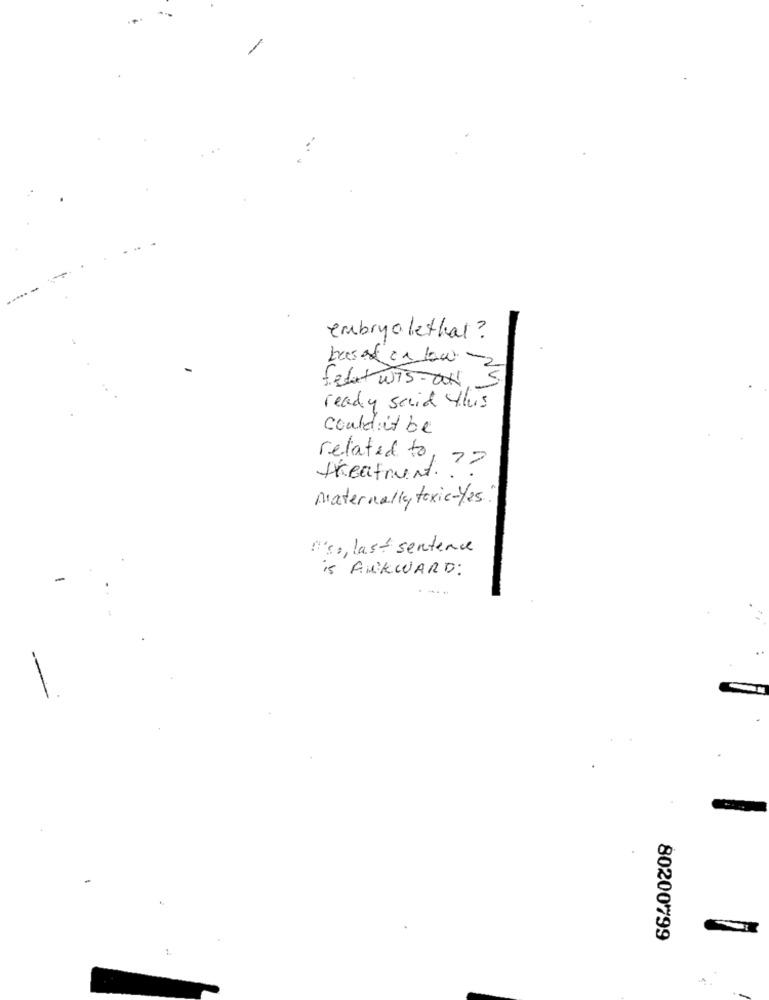
embryolethal ?
based on low
fedut Wis-OH,
ready said this
could it be
related to,
treatrund. ? ?
Maternally toxic-Yes.
"'s, last sentence
is ANKWARD:
80200799
1.